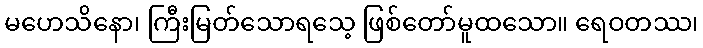
မဟေသိနော၊ ကြီးမြတ်သောရသေ့ ဖြစ်တော်မူထသော။ ရေဝတဿ၊